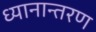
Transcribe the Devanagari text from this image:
ध्यानान्तरण